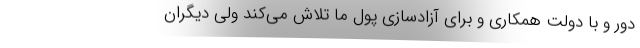
دور و با دولت همکاری و برای آزادسازی پول ما تلاش می‌کند ولی دیگران